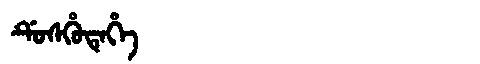
Manchu: ᡩᡠᠰᡥᡠᡨᡝᡥᡝ
Romanization: DUSHUTEHE